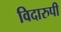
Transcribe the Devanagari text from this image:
विदारुपी